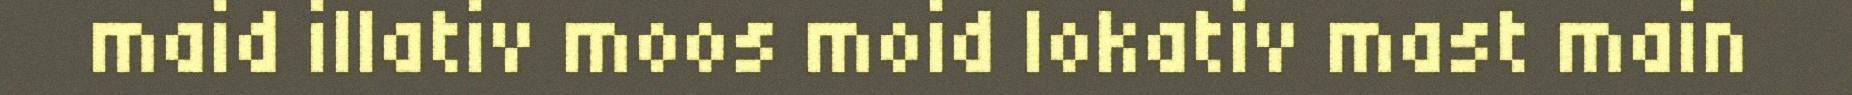
maid illativ moos moid lokativ mast main